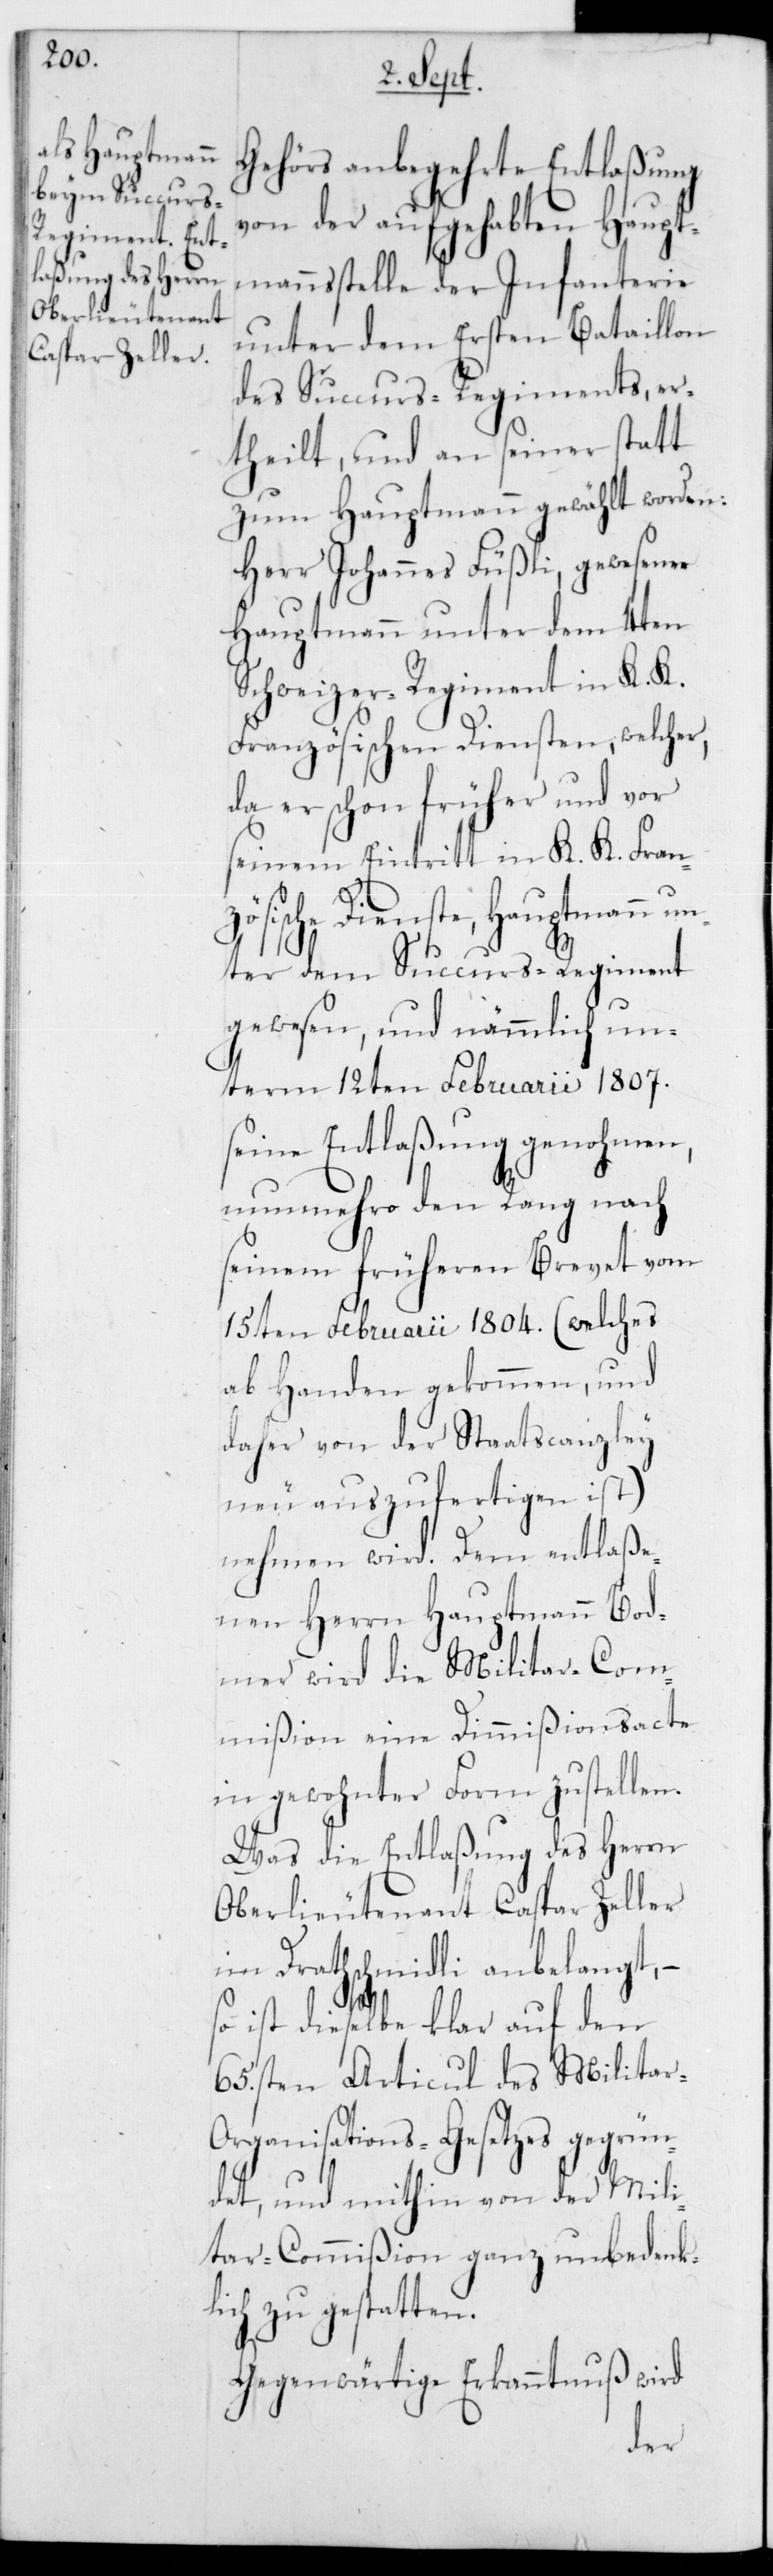
Gehörs anbegehrte Entlaßung
von der aufgehabten Haupt¬
mannsstelle der Infanterie
unter dem Ersten Bataillon
des Succurs-Regiments, er¬
theilt, und an seiner statt
zum Hauptmann gewählt worden:
Herr Johannes Füßli, gewesener
Hauptmann unter dem 4ten
Schweizer-Regiment in K. K.
Französischen Diensten, welcher,
da er schon früher und vor
seinem Eintritt in K. K. Franz¬
ösische Dienste, Hauptmann un¬
ter dem Succurs-Regiment
gewesen, und nämmlich un¬
term 12ten Februarii 1807
seine Entlaßung genohmen,
nunmehro den Rang nach
seinem früheren Brevet vom
15ten Februarii 1804 (welches
ab Handen gekommen, und
daher von der Staatscanzley
neu auszufertigen ist)
nehmen wird. Dem entlaße¬
nen Herrn Hauptmann Bod¬
mer wird die Militar-Com¬
mißion eine Dimmißionsacte
in gewohnter Form zustellen.
Was die Entlaßung des Herrn
Oberlieutenant Caspar Zeller
im Drathschmidli anbelangt,
so ist dieselbe klar auf den
65sten Articul des Milita¬
r-Organisations-Gesetzes gegrün¬
det, und mithin von der Mili¬
tar-Commißion ganz unbedenkl¬
ich zu gestatten.
Gegenwärtige Erkanntnuß wird